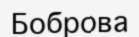
Боброва